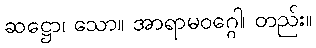
ဆဋ္ဌော၊ သော။ အာရာမဝဂ္ဂေါ၊ တည်း။